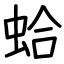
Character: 蛤